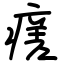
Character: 瘥